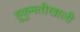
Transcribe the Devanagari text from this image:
हुकुमतीखाली